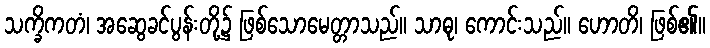
သက္ခိကတံ၊ အဆွေခင်ပွန်းတို့၌ ဖြစ်သောမေတ္တာသည်။ သာဓု၊ ကောင်းသည်။ ဟောတိ၊ ဖြစ်၏။